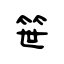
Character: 笹